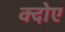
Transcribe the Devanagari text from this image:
क्दोए